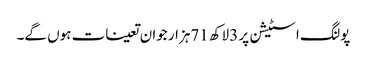
پولنگ اسٹیشن پر 3لاکھ 71ہزار جوان تعینات ہوں گے۔